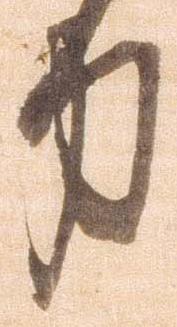
力